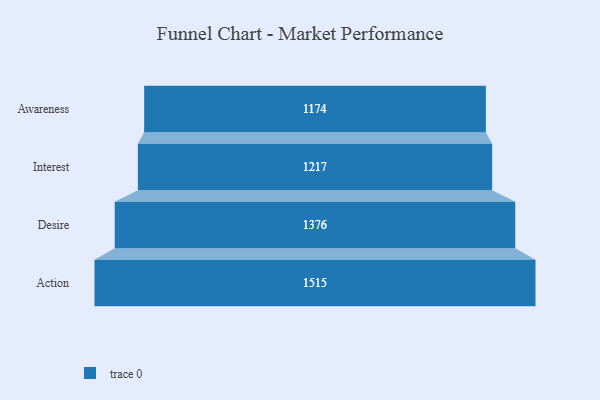
{"axis": {"x": "Stage", "y": "Value"}, "legend": [""], "data": [{"x": "Awareness", "y": 1174.0, "type": ""}, {"x": "Interest", "y": 1217.0, "type": ""}, {"x": "Desire", "y": 1376.0, "type": ""}, {"x": "Action", "y": 1515.0, "type": ""}]}